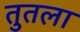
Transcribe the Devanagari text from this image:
तुतला